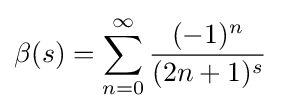
\beta (s)=\sum _{n=0}^{\infty }{\frac {(-1)^{n}}{(2n+1)^{s}}}